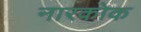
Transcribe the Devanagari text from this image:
नारकोक